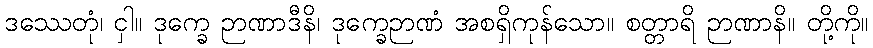
ဒဿေတုံ၊ ငှါ။ ဒုက္ခေ ဉာဏာဒီနိ၊ ဒုက္ခေဉာဏံ အစရှိကုန်သော။ စတ္တာရိ ဉာဏာနိ။ တို့ကို။